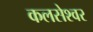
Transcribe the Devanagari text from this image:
कलसेश्वर